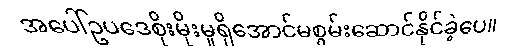
အပေါ်ဥပဒေစိုးမိုးမှုရှိအောင်မစွမ်းဆောင်နိုင်ခဲ့ပေ။